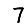
Digit: 7